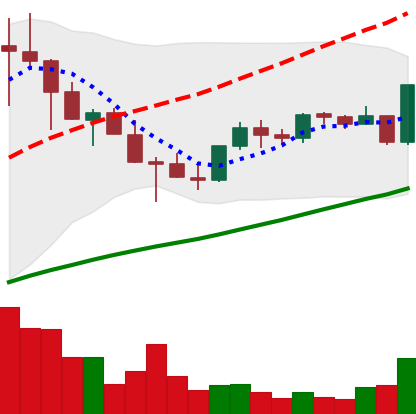
Ticker: TRX-USD
Chart end date: 2021-05-05
Forward return: -13.115%
Label: down_7plus